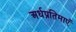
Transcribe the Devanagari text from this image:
अर्धप्रतिमाएँ